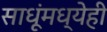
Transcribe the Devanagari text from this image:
साधूंमध्येही